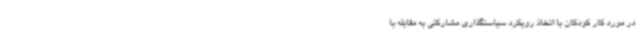
در مورد کار کودکان با اتخاذ رویکرد سیاستگذاری مشارکتی به مقابله با